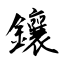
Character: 鑲